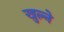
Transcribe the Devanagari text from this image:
खुल्ने